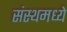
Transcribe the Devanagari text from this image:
संस्थमध्ये